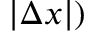
| \Delta x | )